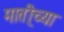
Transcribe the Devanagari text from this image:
माती्च्या